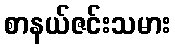
စာနယ်ဇင်းသမား